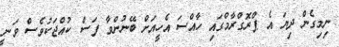
ނިމިގެން ދިޔަ އެ ޕްރޮގްރާމްގައި ހާއްސަ އެހީއަށް ބޭނުންވާ ފަސް ކުއްޖަކުވެސް ވަނީ